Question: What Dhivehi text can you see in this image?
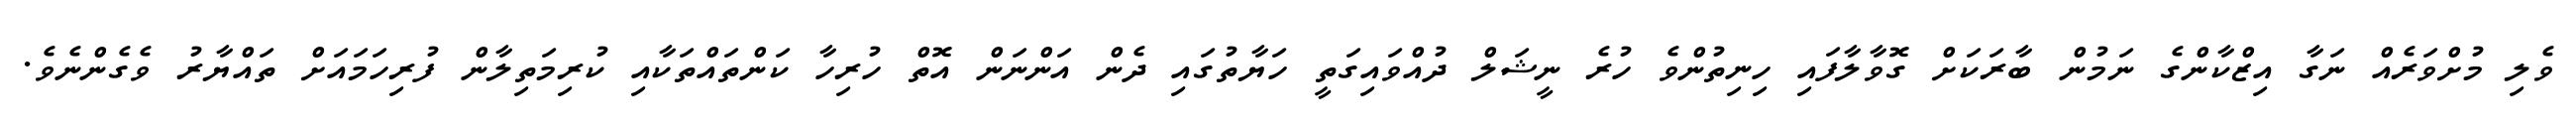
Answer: ވެލި މުށްވަރެއް ނަގާ އިޒްކާންގެ ނަމުން ބާރަކަށް ގޮވާލާފައި ހިނިތުންވެ ހުރެ ނީޝަލް ދުއްވައިގަތީ ހަޔާތުގައި ދެން އަންނަން އޮތް ހުރިހާ ކަންތައްތަކާއި ކުރިމަތިލާން ފުރިހަމައަށް ތައްޔާރު ވެގެންނެވެ.